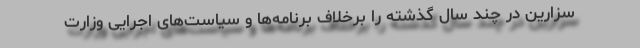
سزارین در چند سال گذشته را برخلاف برنامه‌ها و سیاست‌های اجرایی وزارت